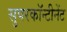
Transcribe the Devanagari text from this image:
सुपरकॉन्टीनेंट